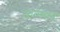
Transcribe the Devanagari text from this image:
जातमात्रं